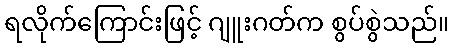
ရလိုက်ကြောင်းဖြင့် ဂျူးဂတ်က စွပ်စွဲသည်။